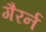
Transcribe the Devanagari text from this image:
गैरर्न